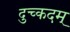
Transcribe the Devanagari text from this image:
दुच्कदम्